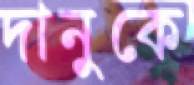
দানুকে